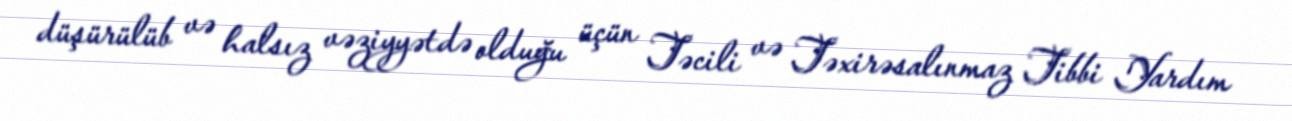
düşürülüb və halsız vəziyyətdə olduğu üçün Təcili və Təxirəsalınmaz Tibbi Yardım